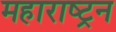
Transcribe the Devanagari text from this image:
महाराष्ट्रन